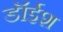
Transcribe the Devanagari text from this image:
डॉईश